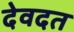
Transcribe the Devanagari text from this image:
देवदत